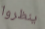
ينظروا